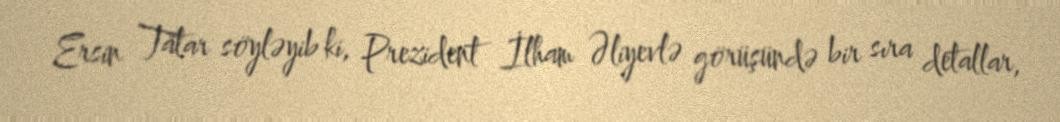
Ersin Tatar söyləyib ki, Prezident İlham Əliyevlə görüşündə bir sıra detallar,